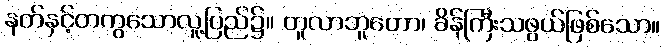
နတ်နှင့်တကွသောလူ့ပြည်၌။ တူလာဘူတော၊ ခိန်ကြီးသဖွယ်ဖြစ်သော။